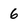
Character: 6